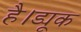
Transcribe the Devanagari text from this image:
है।ड्यूक